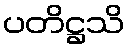
ပတိဋ္ဌသိ